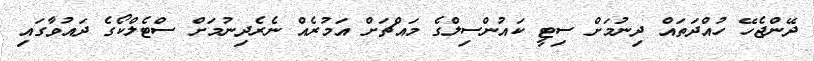
ދޭންޖެހޭ ހުއްދަތައް ދިނުމަށް ސިޓީ ކައުންސިލްގެ މައްޗަށް އަމުރެއް ނެރެދިނުމަށް ސްޓެލްކޯގެ ދައުވާގައި